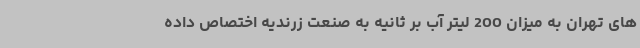
های تهران به میزان 200 لیتر آب بر ثانیه به صنعت زرندیه اختصاص داده